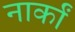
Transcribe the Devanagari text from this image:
नार्कां